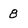
Character: 8